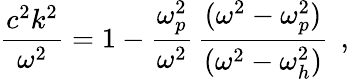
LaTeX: \frac{c^{2}k^{2}}{\omega^{2}}=1-\frac{\omega_{p}^{2}}{\omega^{2}}\, \frac{(\omega^{2}-\omega_{p}^{2})}{(\omega^{2}-\omega_{h}^{2})}\, \; ,